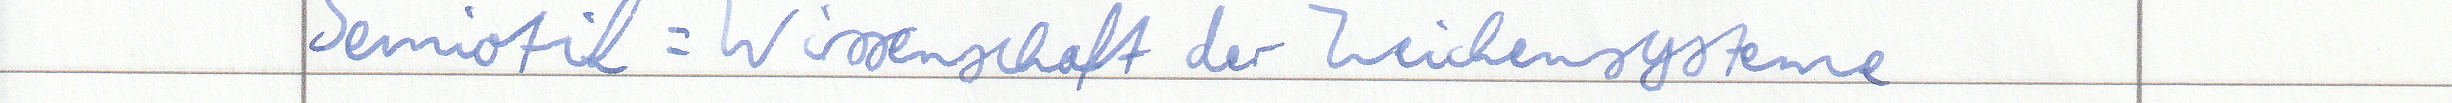
Semiotik = Wissenschaft der Zeichensysteme